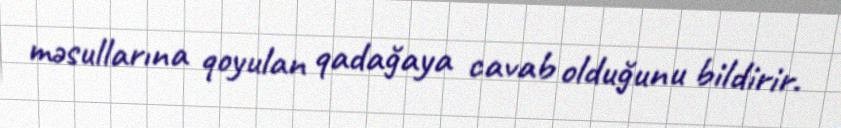
məsullarına qoyulan qadağaya cavab olduğunu bildirir.